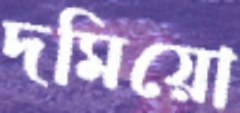
দমিয়ো